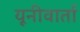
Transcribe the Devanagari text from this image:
यूनीवार्ता